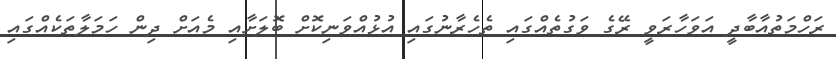
ރަހްމަތުއާބާދީ އަވަހާރަވީ ރޭގެ ވަގުތެއްގައި ތެހެރާނުގައި އުޅުއްވަނިކޮށް ބޮލަށާއި މެއަށް ދިން ހަމަލާތަކެއްގައި